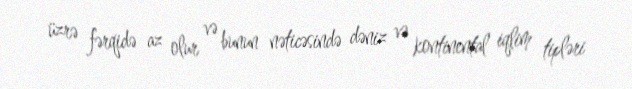
üzrə fərqidə az olur və bunun nəticəsində dəniz və kontinental iqlim tipləri